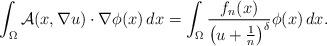
LaTeX: \begin{align*}\int_{\Omega} \mathcal{A}(x,\nabla u)\cdot\nabla\phi(x)\,dx &= \int_{\Omega}\frac{f_n(x)}{\big(u+\frac{1}{n}\big)^\delta}\phi(x)\,dx.\end{align*}